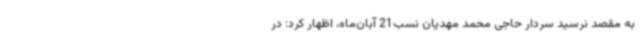
به مقصد نرسید سردار حاجی محمد مهدیان نسب21 آبان‌ماه، اظهار کرد: در